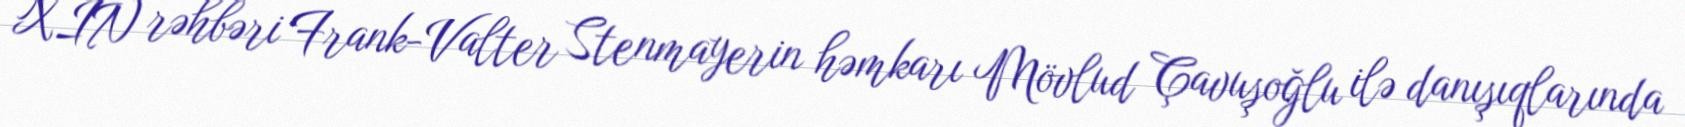
XİN rəhbəri Frank-Valter Stenmayerin həmkarı Mövlud Çavuşoğlu ilə danışıqlarında